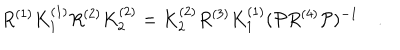
R ^ { ( 1 ) } K _ { 1 } ^ { ( 1 ) } R ^ { ( 2 ) } K _ { 2 } ^ { ( 2 ) } = K _ { 2 } ^ { ( 2 ) } R ^ { ( 3 ) } K _ { 1 } ^ { ( 1 ) } ( { \cal P } R ^ { ( 4 ) } { \cal P } ) ^ { - 1 } \quad .